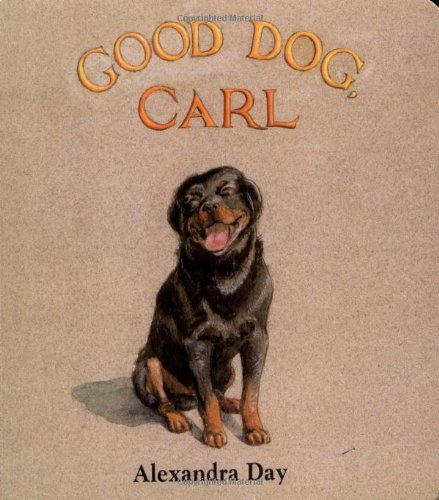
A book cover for Good Dog, Carl : A Classic Board Book; Alexandra Day; Children's Books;